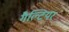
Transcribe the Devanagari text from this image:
गैल्टियर